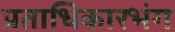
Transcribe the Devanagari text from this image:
प्रताधिकारभंग